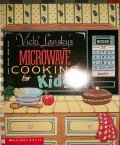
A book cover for Vicki Lansky's Microwave Cooking for Kids; Vicki Lansky; Teen & Young Adult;